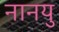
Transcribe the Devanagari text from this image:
नानयु